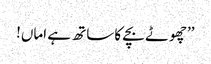
’’چھوٹے بچے کا ساتھ ہے اماں!